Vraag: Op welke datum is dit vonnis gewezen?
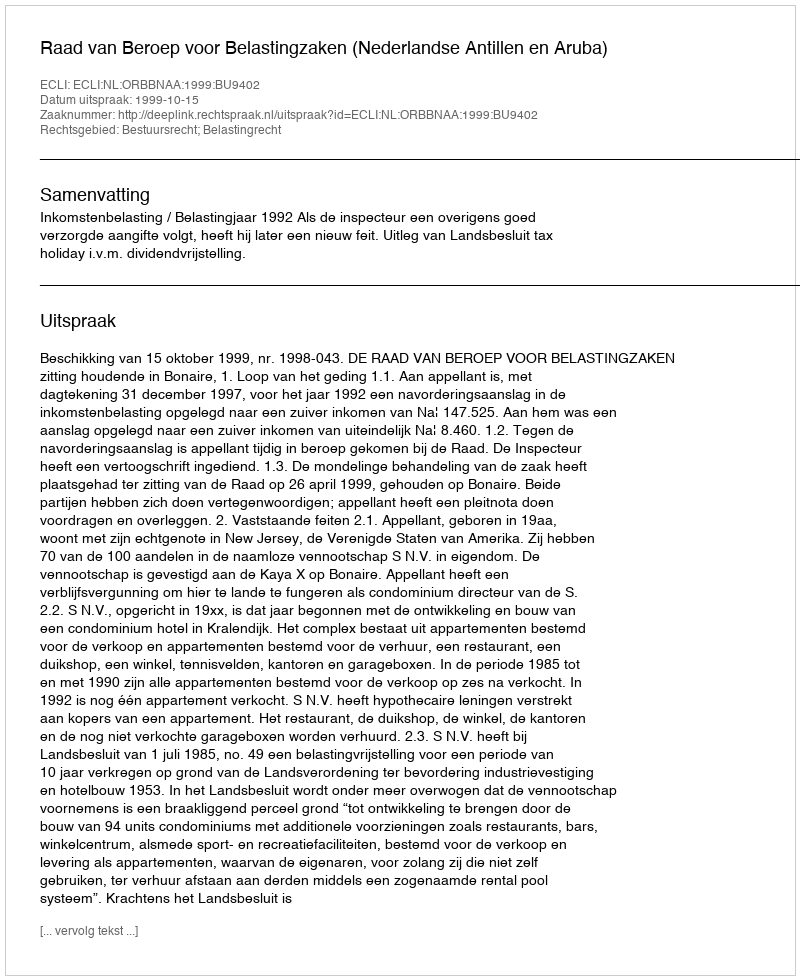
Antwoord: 1999-10-15